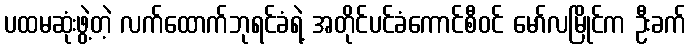
ပထမဆုံးဖွဲ့တဲ့ လက်ထောက်ဘုရင်ခံရဲ့ အတိုင်ပင်ခံကောင်စီဝင် မော်လမြိုင်က ဦးခက်